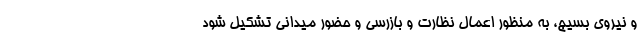
و نیروی بسیج، به منظور اعمال نظارت و بازرسی و حضور میدانی تشکیل شود